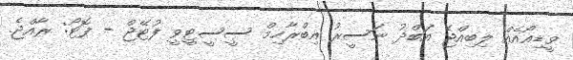
ވީޑިއޯއެއް ލިބިއްޖެ އަބްދު ނަސީރު އިބްރާހިމް ސީސީޓީވީ ފުޓޭޖް - ފޮޓޯ: ރާއްޖެ.